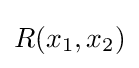
R(x_{1},x_{2})